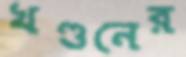
খণ্ডনের